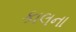
કાલના